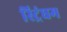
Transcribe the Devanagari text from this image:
स्ट्रिंघम